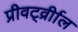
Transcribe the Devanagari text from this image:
प्रीवर्ट्व्रीाल